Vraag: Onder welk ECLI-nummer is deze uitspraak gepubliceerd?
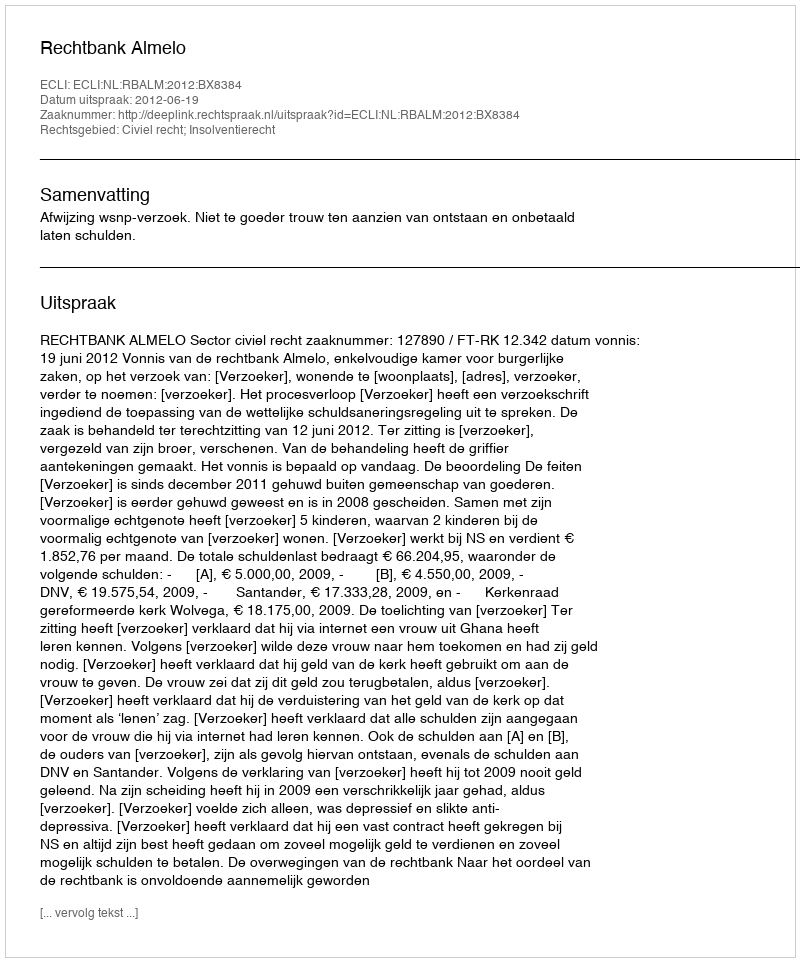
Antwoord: ECLI:NL:RBALM:2012:BX8384